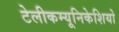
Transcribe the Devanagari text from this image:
टेलीकम्यूनिकेशियो